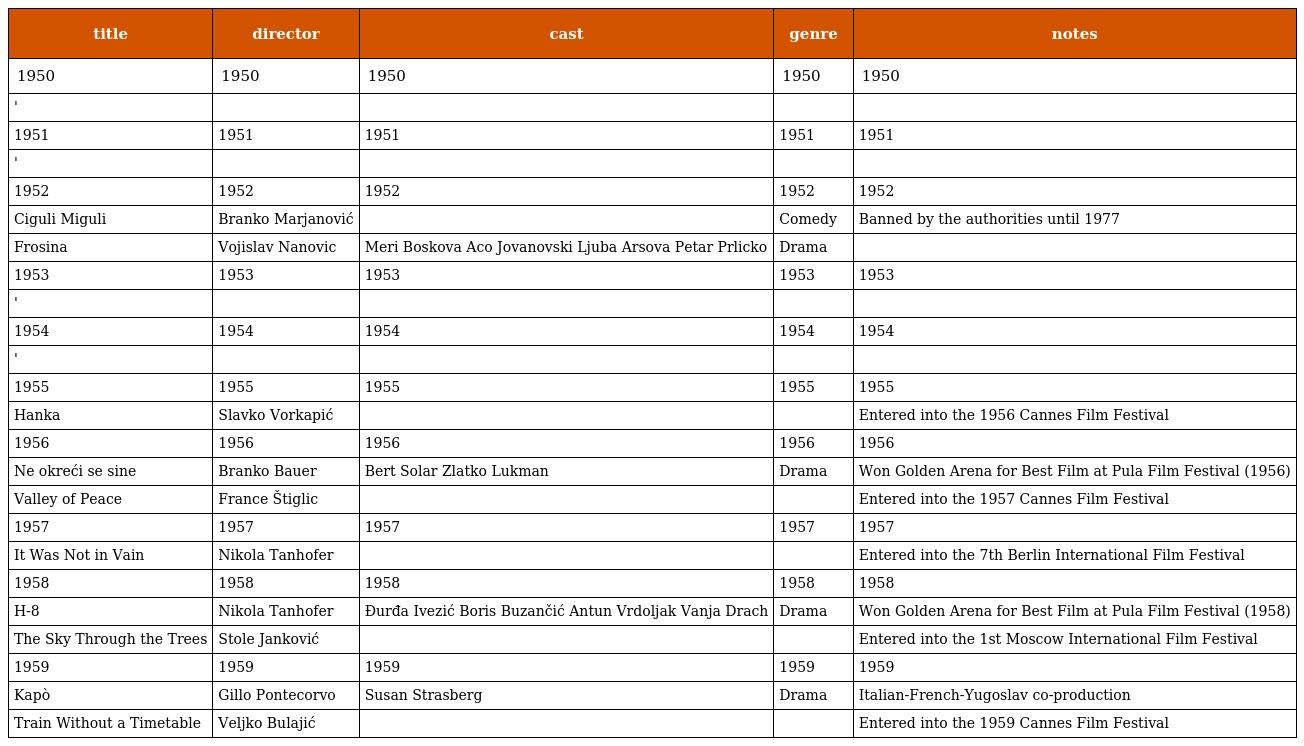
| title | director | cast | genre | notes |
 | --- | --- | --- | --- | --- |
 | 1950 | 1950 | 1950 | 1950 | 1950 |
 | ' |  |  |  |  |
 | 1951 | 1951 | 1951 | 1951 | 1951 |
 | ' |  |  |  |  |
 | 1952 | 1952 | 1952 | 1952 | 1952 |
 | Ciguli Miguli | Branko Marjanović |  | Comedy | Banned by the authorities until 1977 |
 | Frosina | Vojislav Nanovic | Meri Boskova Aco Jovanovski Ljuba Arsova Petar Prlicko | Drama |  |
 | 1953 | 1953 | 1953 | 1953 | 1953 |
 | ' |  |  |  |  |
 | 1954 | 1954 | 1954 | 1954 | 1954 |
 | ' |  |  |  |  |
 | 1955 | 1955 | 1955 | 1955 | 1955 |
 | Hanka | Slavko Vorkapić |  |  | Entered into the 1956 Cannes Film Festival |
 | 1956 | 1956 | 1956 | 1956 | 1956 |
 | Ne okreći se sine | Branko Bauer | Bert Solar Zlatko Lukman | Drama | Won Golden Arena for Best Film at Pula Film Festival (1956) |
 | Valley of Peace | France Štiglic |  |  | Entered into the 1957 Cannes Film Festival |
 | 1957 | 1957 | 1957 | 1957 | 1957 |
 | It Was Not in Vain | Nikola Tanhofer |  |  | Entered into the 7th Berlin International Film Festival |
 | 1958 | 1958 | 1958 | 1958 | 1958 |
 | H-8 | Nikola Tanhofer | Đurđa Ivezić Boris Buzančić Antun Vrdoljak Vanja Drach | Drama | Won Golden Arena for Best Film at Pula Film Festival (1958) |
 | The Sky Through the Trees | Stole Janković |  |  | Entered into the 1st Moscow International Film Festival |
 | 1959 | 1959 | 1959 | 1959 | 1959 |
 | Kapò | Gillo Pontecorvo | Susan Strasberg | Drama | Italian-French-Yugoslav co-production |
 | Train Without a Timetable | Veljko Bulajić |  |  | Entered into the 1959 Cannes Film Festival |